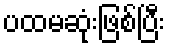
ပထမဆုံးဖြစ်ပြီး